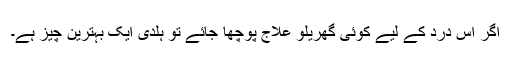
اگر اس درد کے لیے کوئی گھریلو علاج پوچھا جائے تو ہلدی ایک بہترین چیز ہے۔